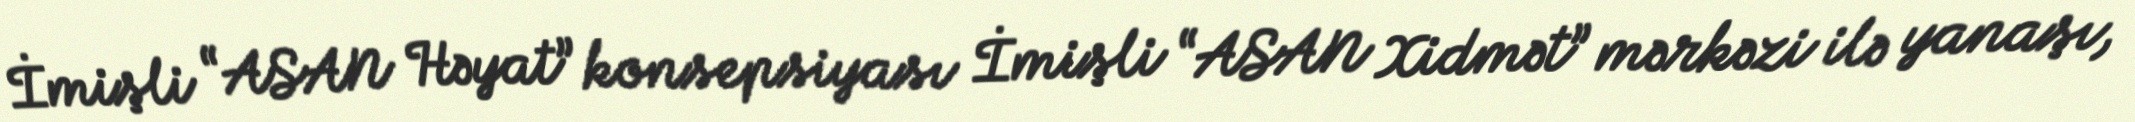
İmişli “ASAN Həyat” konsepsiyası İmişli “ASAN Xidmət” mərkəzi ilə yanaşı,